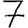
Digit: 7